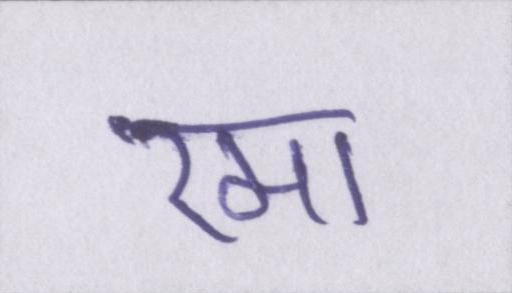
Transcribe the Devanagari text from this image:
रमा